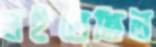
লইতেছিল